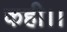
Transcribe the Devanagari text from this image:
कही।।